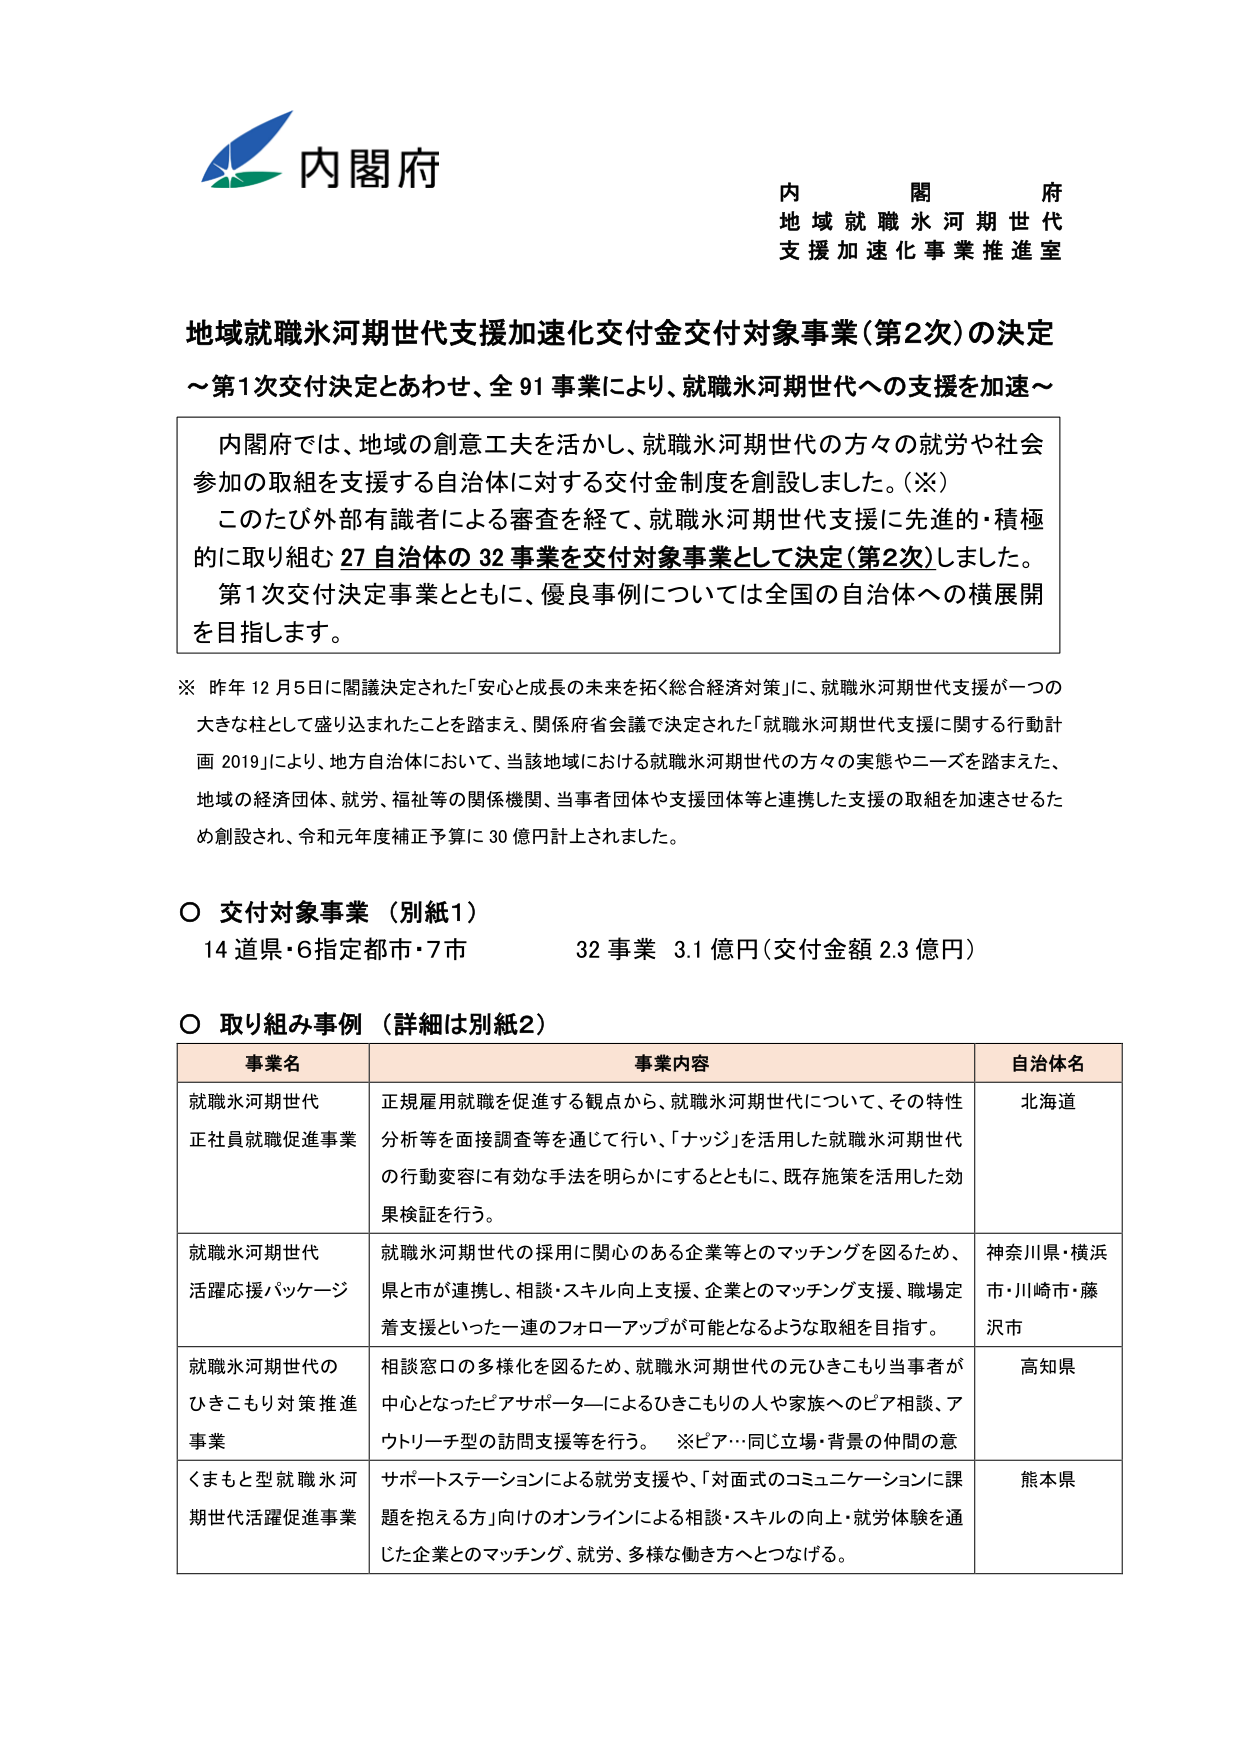
内閣府
内閣府
地域就職氷河期世代
支援加速化事業推進室

地域就職氷河期世代支援加速化交付金交付対象事業（第2次）の決定
～第1次交付決定とあわせ、全91事業により、就職氷河期世代への支援を加速～

内閣府では、地域の創意工夫を活かし、就職氷河期世代の方々の就労や社会参加の取組を支援する自治体に対する交付金制度を創設しました。（※）
このたび外部有識者による審査を経て、就職氷河期世代支援に先進的・積極的に取り組む27自治体の32事業を交付対象事業として決定（第2次）しました。
第1次交付決定事業とともに、優良事例については全国の自治体への横展開を目指します。

※ 昨年12月5日に閣議決定された「安心と成長の未来を拓く総合経済対策」に、就職氷河期世代支援が一つの大きな柱として盛り込まれたことを踏まえ、関係府省会議で決定された「就職氷河期世代支援に関する行動計画2019」により、地方自治体において、当該地域における就職氷河期世代の方々の実態やニーズを踏まえた、地域の経済団体、就労、福祉等の関係機関、当事者団体や支援団体等と連携した支援の取組を加速させるため創設され、令和元年度補正予算に30億円計上されました。

○ 交付対象事業（別紙1）
14道県・6指定都市・7市　　32事業　3.1億円（交付金額2.3億円）

○ 取り組み事例（詳細は別紙2）

| 事業名 | 事業内容 | 自治体名 |
|--------|----------|----------|
| 就職氷河期世代正社員就職促進事業 | 正規雇用就職を促進する観点から、就職氷河期世代について、その特性分析等を面接調査等を通じて行い、「ナッジ」を活用した就職氷河期世代の行動変容に有効な手法を明らかにするとともに、既存施策を活用した効果検証を行う。 | 北海道 |
| 就職氷河期世代活躍応援パッケージ | 就職氷河期世代の採用に関心のある企業等とのマッチングを図るため、県と市が連携し、相談・スキル向上支援、企業とのマッチング支援、職場定着支援といった一連のフォローアップが可能となるような取組を目指す。 | 神奈川県・横浜市・川崎市・藤沢市 |
| 就職氷河期世代のひきこもり対策推進事業 | 相談窓口の多様化を図るため、就職氷河期世代の元ひきこもり当事者が中心となったピアサポーターによるひきこもりの人や家族へのピア相談、アウトリーチ型の訪問支援等を行う。　※ピア…同じ立場・背景の仲間の意 | 高知県 |
| くまもと型就職氷河期世代活躍促進事業 | サポートステーションによる就労支援や、「対面式のコミュニケーションに課題を抱える方」向けのオンラインによる相談・スキルの向上・就労体験を通じた企業とのマッチング、就労、多様な働き方へとつなげる。 | 熊本県 |